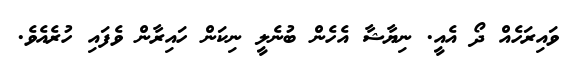
ވައިރަހެއް ދޯ އެއީ. ނިޔާޝާ އެހެން ބުނެލީ ނިކަން ހައިރާން ވެފައި ހުރެއެވެ.